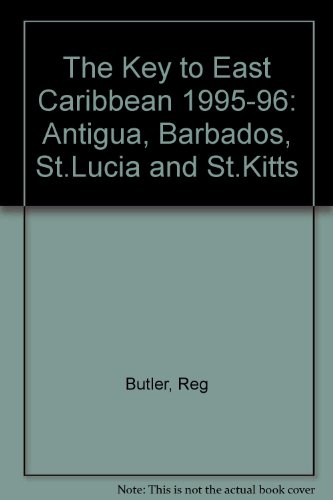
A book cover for The Key to the Eastern Caribbean 1995/96; Reg Butler; Travel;